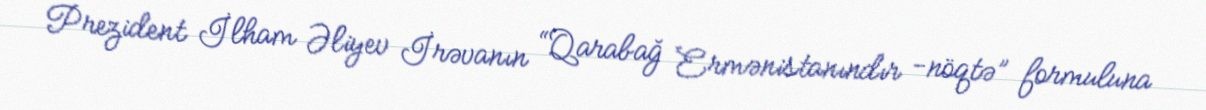
Prezident İlham Əliyev İrəvanın “Qarabağ Ermənistanındır -nöqtə” formuluna